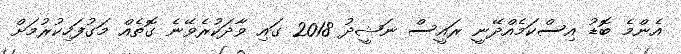
އެންމެ ބޮޑު އިސްކަމެއްދޭނީ ރައީސް ނަޝީދު 2018 ގައި ވާދަކުރެވޭނެ ގޮތެއް މަގުފަހިކުރުމަށް